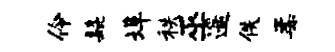
伶髭埠秩巫遥佚柔